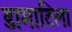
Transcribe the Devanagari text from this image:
डामाटिला